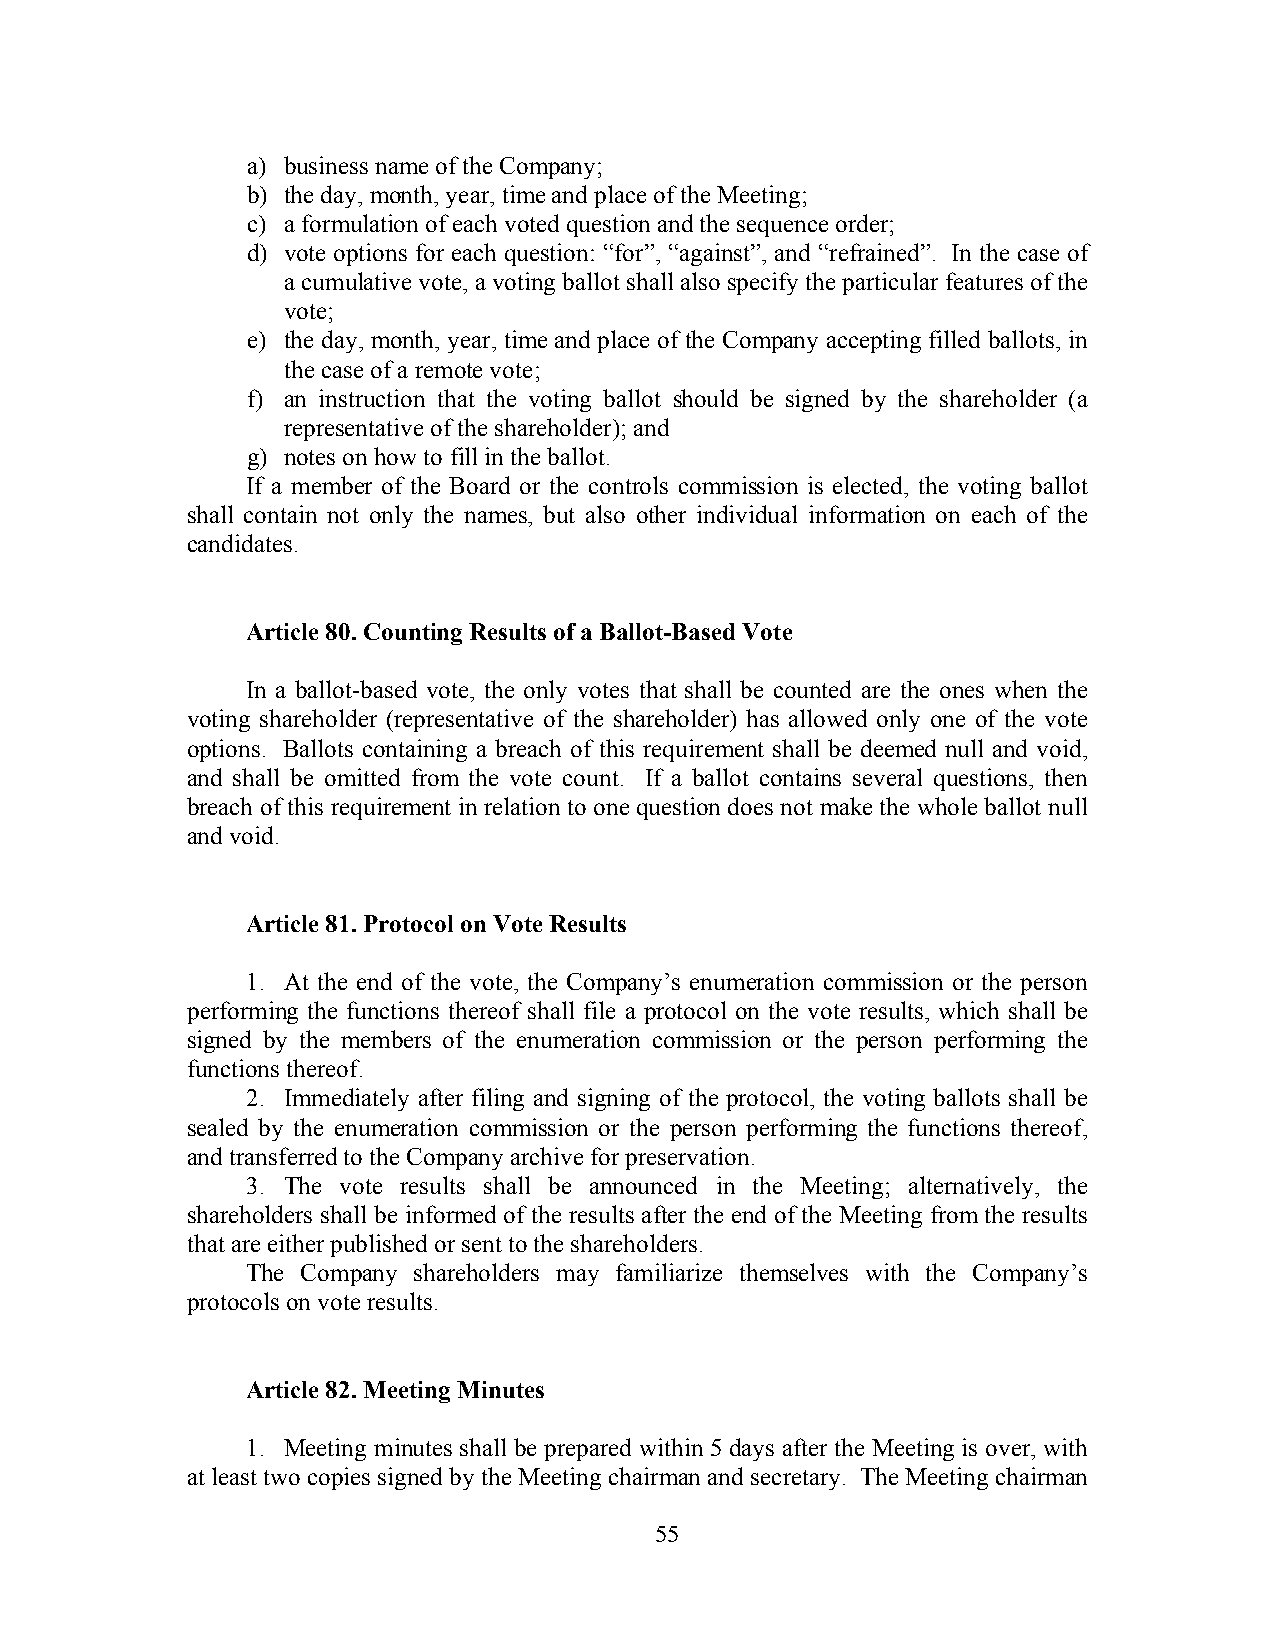
a) business name of the Company;
 b) the day, month, year, time and place of the Meeting;
 c) a formulation of each voted question and the sequence order;
 d) vote options for each question: “for”, “against”, and “refrained”. In the case of
 a cumulative vote, a voting ballot shall also specify the particular features of the
 vote;
 e) the day, month, year, time and place of the Company accepting filled ballots, in
 the case of a remote vote;
 f) an instruction that the voting ballot should be signed by the shareholder (a
 representative of the shareholder); and
 g) notes on how to fill in the ballot.
 If a member of the Board or the controls commission is elected, the voting ballot
 shall contain not only the names, but also other individual information on each of the
 candidates.
 Article 80. Counting Results of a Ballot-Based Vote
 In a ballot-based vote, the only votes that shall be counted are the ones when the
 voting shareholder (representative of the shareholder) has allowed only one of the vote
 options. Ballots containing a breach of this requirement shall be deemed null and void,
 and shall be omitted from the vote count. If a ballot contains several questions, then
 breach of this requirement in relation to one question does not make the whole ballot null
 and void.
 Article 81. Protocol on Vote Results
 1. At the end of the vote, the Company’s enumeration commission or the person
 performing the functions thereof shall file a protocol on the vote results, which shall be
 signed by the members of the enumeration commission or the person performing the
 functions thereof.
 2. Immediately after filing and signing of the protocol, the voting ballots shall be
 sealed by the enumeration commission or the person performing the functions thereof,
 and transferred to the Company archive for preservation.
 3. The vote results shall be announced in the Meeting; alternatively, the
 shareholders shall be informed of the results after the end of the Meeting from the results
 that are either published or sent to the shareholders.
 The Company shareholders may familiarize themselves with the Company’s
 protocols on vote results.
 Article 82. Meeting Minutes
 1. Meeting minutes shall be prepared within 5 days after the Meeting is over, with
 at least two copies signed by the Meeting chairman and secretary. The Meeting chairman
 55